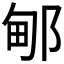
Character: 𰻫